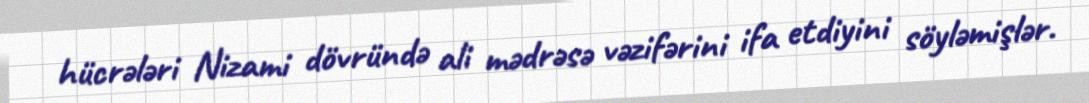
hücrələri Nizami dövründə ali mədrəsə vəzifərini ifa etdiyini söyləmişlər.